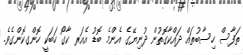
ތަފާސް ހިސާބުތައް ދައްކާގޮތުން ދުނިޔޭގެ އެންމެ ބޮޑު އެއަރ ކާގޯ ހަބަކީ ހޮންގކޮންގެވެ.